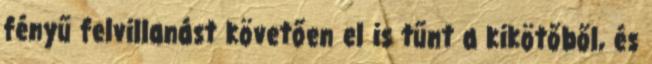
fényű felvillanást követően el is tűnt a kikötőből, és